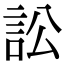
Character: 訟